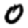
Digit: 0